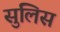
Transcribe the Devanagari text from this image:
सुलिस